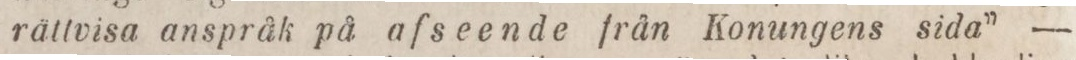
rättvisa anspråk på afseende från Konungens sida” —